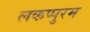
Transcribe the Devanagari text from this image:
लकप्पुरम